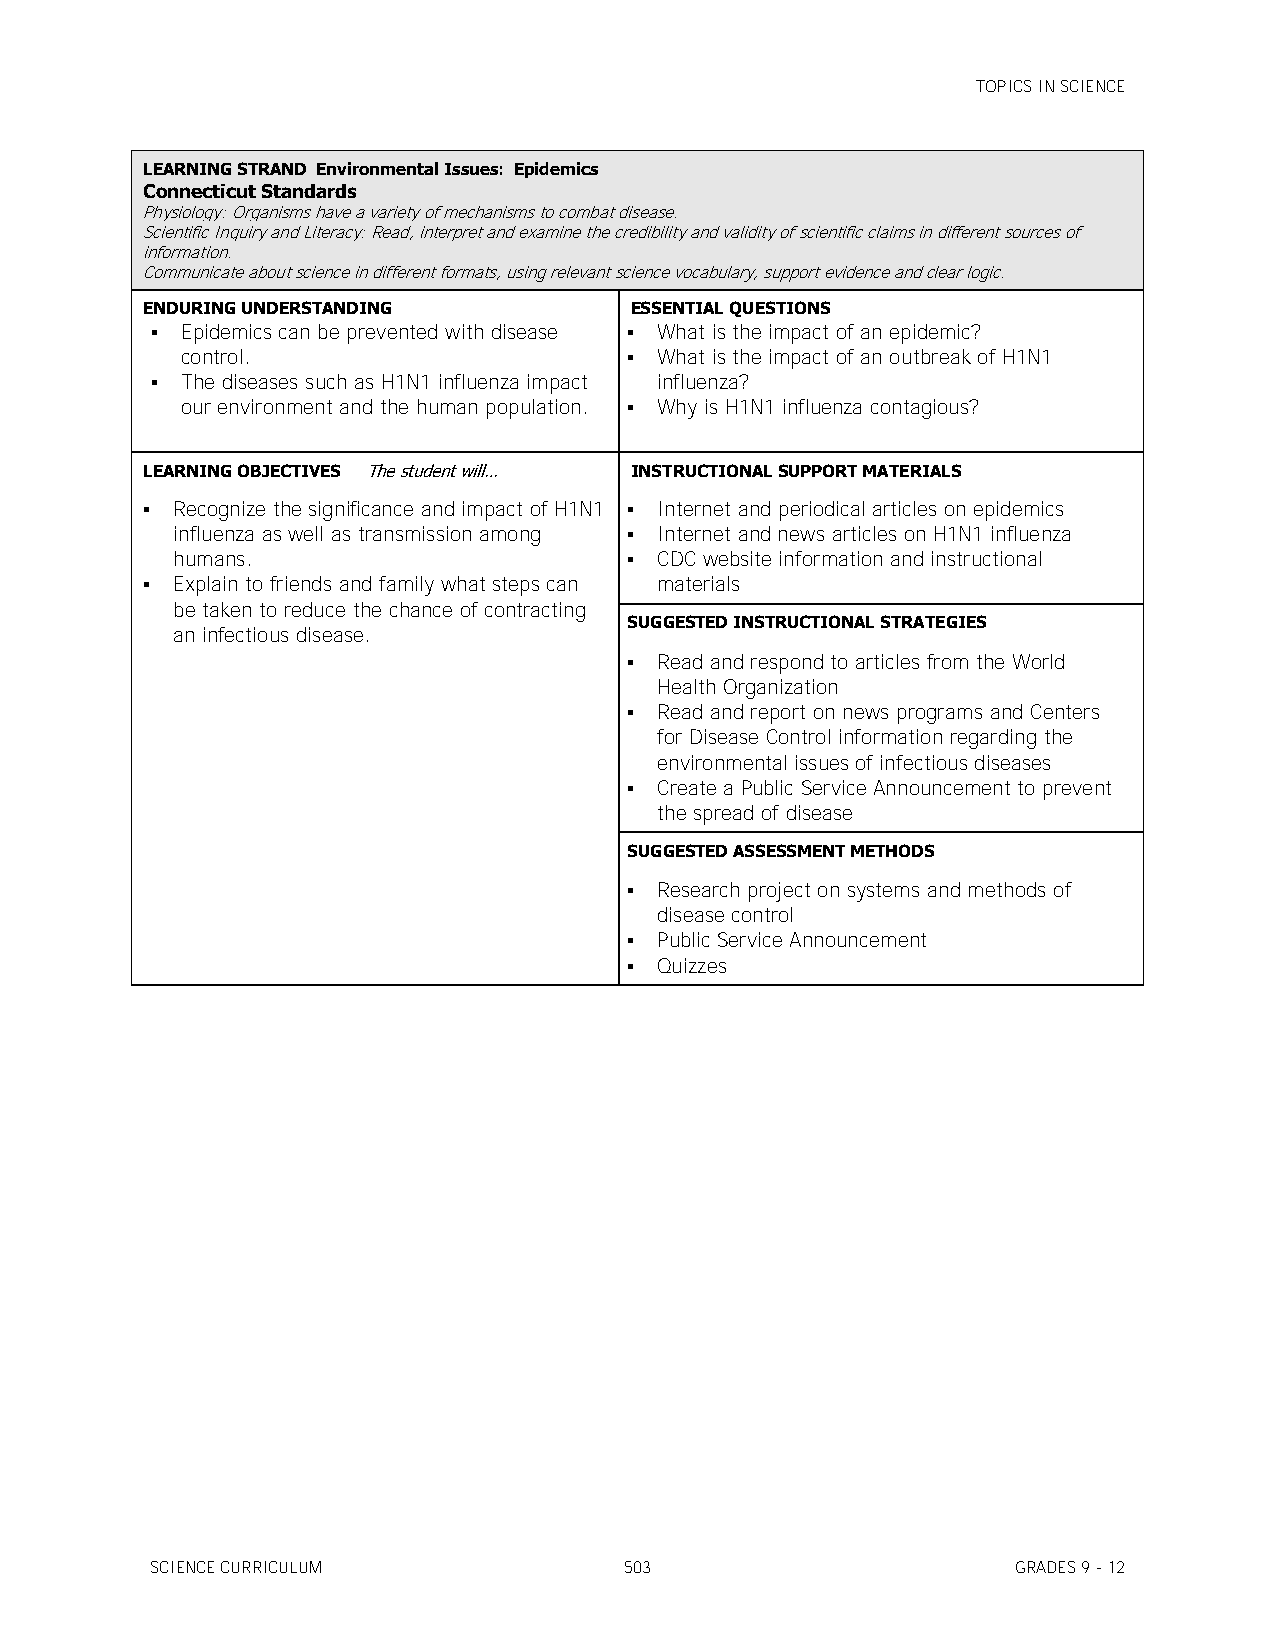
TOPICS IN SCIENCE
 LEARNING STRAND Environmental Issues: Epidemics
 Connecticut Standards
 Physiology: Organisms have a variety of mechanisms to combat disease.
 Scientific Inquiry and Literacy: Read, interpret and examine the credibility and validity of scientific claims in different sources of
 information.
 Communicate about science in different formats, using relevant science vocabulary, support evidence and clear logic.
 ENDURING UNDERSTANDING           ESSENTIAL QUESTIONS
  Epidemics can be prevented with disease  What is the impact of an epidemic?
 control.                       What is the impact of an outbreak of H1N1
  The diseases such as H1N1 influenza impact influenza?
 our environment and the human population.  Why is H1N1 influenza contagious?
 LEARNING OBJECTIVES The student will… INSTRUCTIONAL SUPPORT MATERIALS
  Recognize the significance and impact of H1N1  Internet and periodical articles on epidemics
 influenza as well as transmission among  Internet and news articles on H1N1 influenza
 humans.                         CDC website information and instructional
  Explain to friends and family what steps can materials
 be taken to reduce the chance of contracting
 SUGGESTED INSTRUCTIONAL STRATEGIES
 an infectious disease.
  Read and respond to articles from the World
 Health Organization
  Read and report on news programs and Centers
 for Disease Control information regarding the
 environmental issues of infectious diseases
  Create a Public Service Announcement to prevent
 the spread of disease
 SUGGESTED ASSESSMENT METHODS
  Research project on systems and methods of
 disease control
  Public Service Announcement
  Quizzes
 SCIENCE CURRICULUM             503                       GRADES 9 - 12